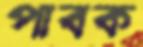
পাবক